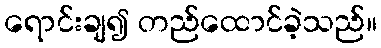
ရောင်းချ၍ တည်ထောင်ခဲ့သည်။